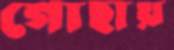
গোছায়